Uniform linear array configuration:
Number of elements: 64
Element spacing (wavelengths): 0.5
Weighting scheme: exponential
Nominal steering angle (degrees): -30
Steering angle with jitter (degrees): -30.976
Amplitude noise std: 0.05
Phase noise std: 0.05

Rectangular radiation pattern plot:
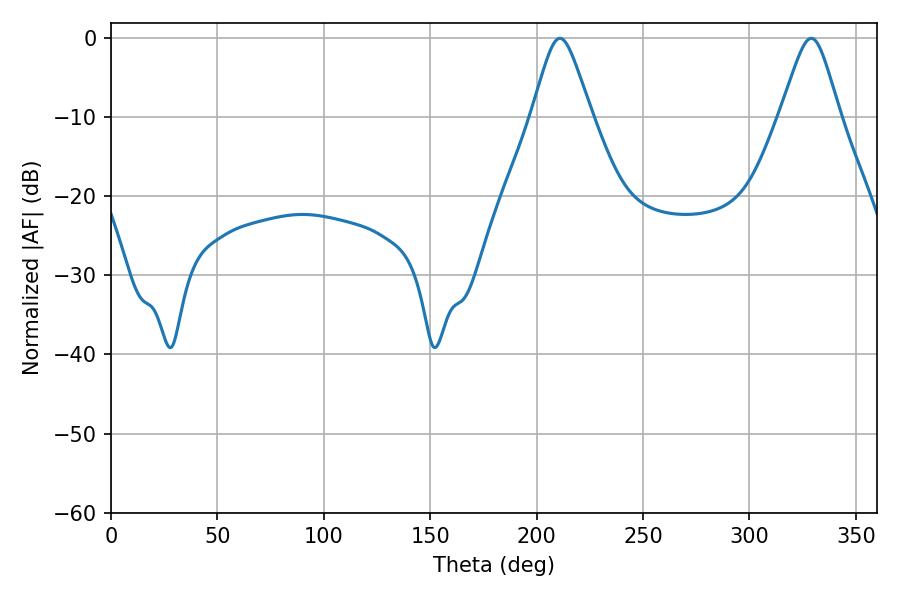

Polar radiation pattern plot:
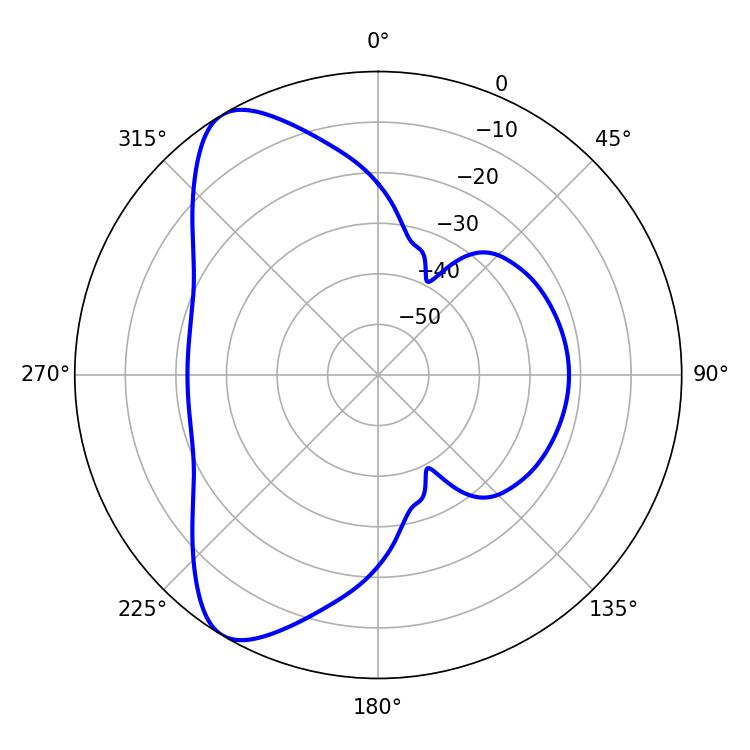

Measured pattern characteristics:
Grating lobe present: FALSE
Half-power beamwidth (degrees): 13.32
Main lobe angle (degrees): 210.96